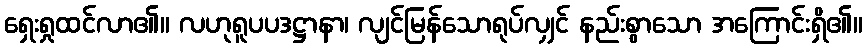
ရှေးရှုထင်လာ၏။ လဟုရူပပဒဋ္ဌာနာ၊ လျင်မြန်သောရုပ်လျှင် နည်းစွာသော အကြောင်းရှိ၏။